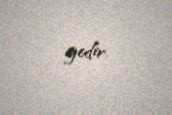
gedir.